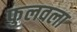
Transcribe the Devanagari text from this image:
फुलवला